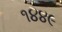
૧૪૪૯